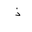
Letter: _thal